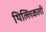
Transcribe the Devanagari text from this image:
थिल्लिकली